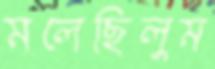
মলেছিলুম